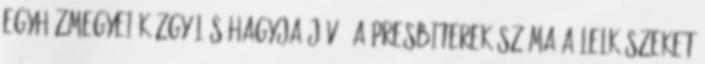
egyházmegyei közgyűlés hagyja jóvá. A presbiterek száma a lelkészeket